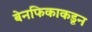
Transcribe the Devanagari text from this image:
बेनफिकाकडून